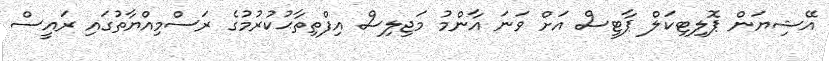
އޭޝިޔަން ޕޮލިޓިކަލް ޕާޓީސް އަށް ވަނަ އާންމު މަޖިލިސް އިފްތިތާޙުކުރުމުގެ ރަސްމިއްޔާތުގައި ރައީސް